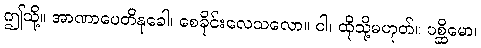
ဤသို့။ အာဏာပေတိနုခေါ၊ စေခိုင်းလေသလော။ ဝါ၊ ထိုသို့မဟုတ်။ ပစ္ဆိမော၊